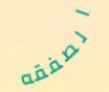
الصفقه